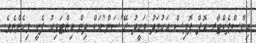
އިންސްޕެކްޓާރ އޮފް ޕޮލިސް އަހުމަދު ވަހީދު ރޭ"ސަން"އަށް ދިން އިންޓަވިއު ފެށީ މިހެންނެވެ.